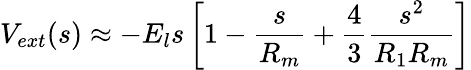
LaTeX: V_{ext}(s)\approx-E_{l}s\left[1-\frac{s}{R_{m}}+\frac{4}{3}\frac{s^{2}}{R_{1}R_{m}}\right]